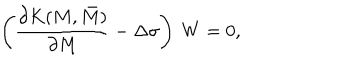
\left( \frac { \partial K ( M , \bar { M } ) } { \partial M } - \Delta \sigma \right) ~ W = 0 ,